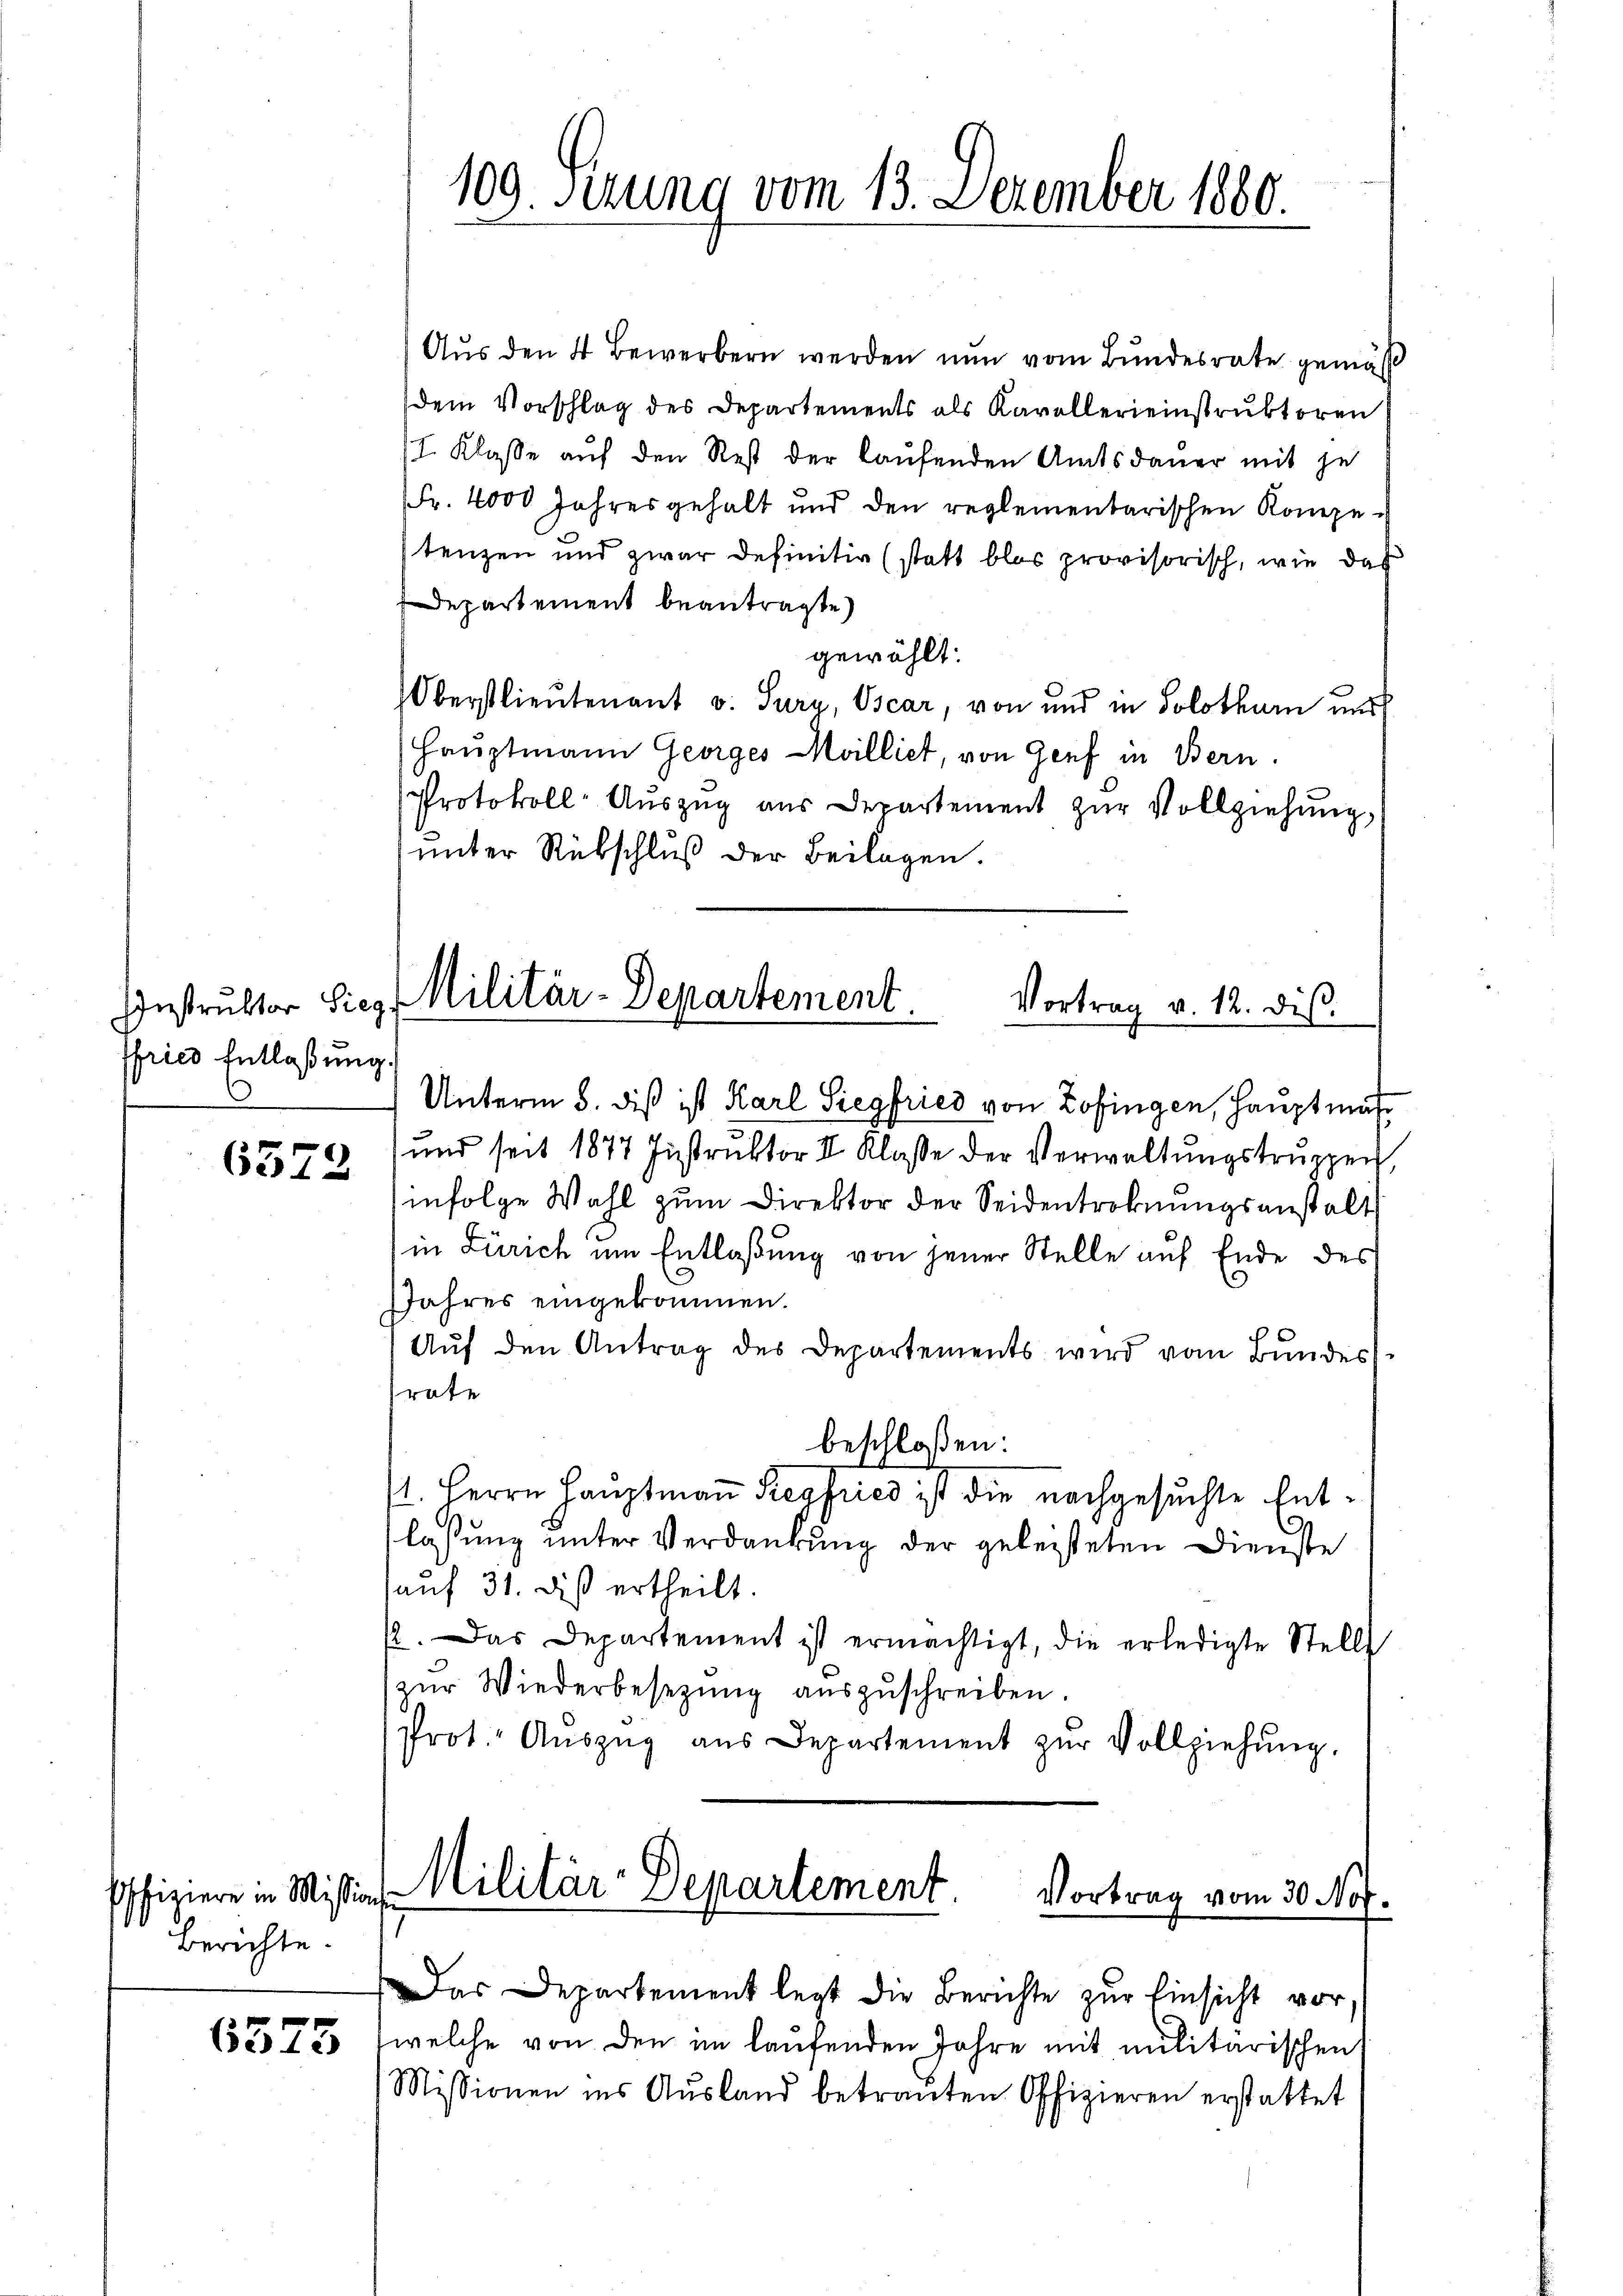
IInstruktor Sieg
ffried Entlaßung.
.

6372

Poffiziere in Mission.
Berichte.

Aus den 4 Bewerbern werden nun vom Bundesrate gemäß
dem Vorschlag des Departements als Kavallereinstruktoren
II. Klasse auf den Rest der laufenden Amtsdauer mit je
Fr. 4000 Jahresgehalt und den reglementarischen Kompestenzen und zwar definitiv (statt blos provisorisch, wie das
Departement beantragte
gewählt:
Oberstlieutenant v. Sura, Oscar, von und in Solothurn nur
Hauptmann Georges Milliet, von Genf in Bern
Protokoll- Aŭszŭg aŭs Departement zŭr Vollziehung,
unter Rübschluß der Beilagen.

109. Sizung vom 13. Dezember 1880.

Militär-Departement.
Vortrag v. 12. dis.

Unterm 5. diß ist Karl Siegfried von Zofingen, Hauptmaß¬
(und seit 1877 Instruktor II Klasse der Verwaltungstruppen
infolge Wahl zum Direktor der Seidentroknungsanstalt
in Zürich um Entlaßung von jener Stelle auf Ende des

Militär-Departement.
Vortrag vom 30. No

as Departement legt die Berichte zŭr Einsicht vor
6337 (welche von den im laufenden Jahre mit militarischen
Missionen ins Aŭsland betraŭten Offizieren erstattet

Jahres eingekommen.
Aŭf den Antrag des Departements wird vom Bŭndes-
frate
beschloßen:
11. Herrn Hauptmaṅ Riegfries ist die nachgesuchte Entlassung unter Verdankung der geleisteten Dienste
auf 31. dis ertheilt.
. Das Departement ist ermächtigt, die erledigte Stell
zŭr Wiederbesetzung aŭszŭschreiben.
Prot. Aŭszŭg aŭs Departement zŭr Vollziehŭng.